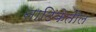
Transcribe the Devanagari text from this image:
नाटिकेतील